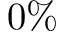
0 \%